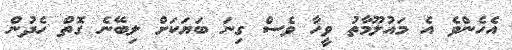
އެހެންވެ އެ މައުލޫމާތު ވީހާ ވެސް ގިނަ ބަަޔަކަށް ލިބޭނެ ގޮތް ހެދުން